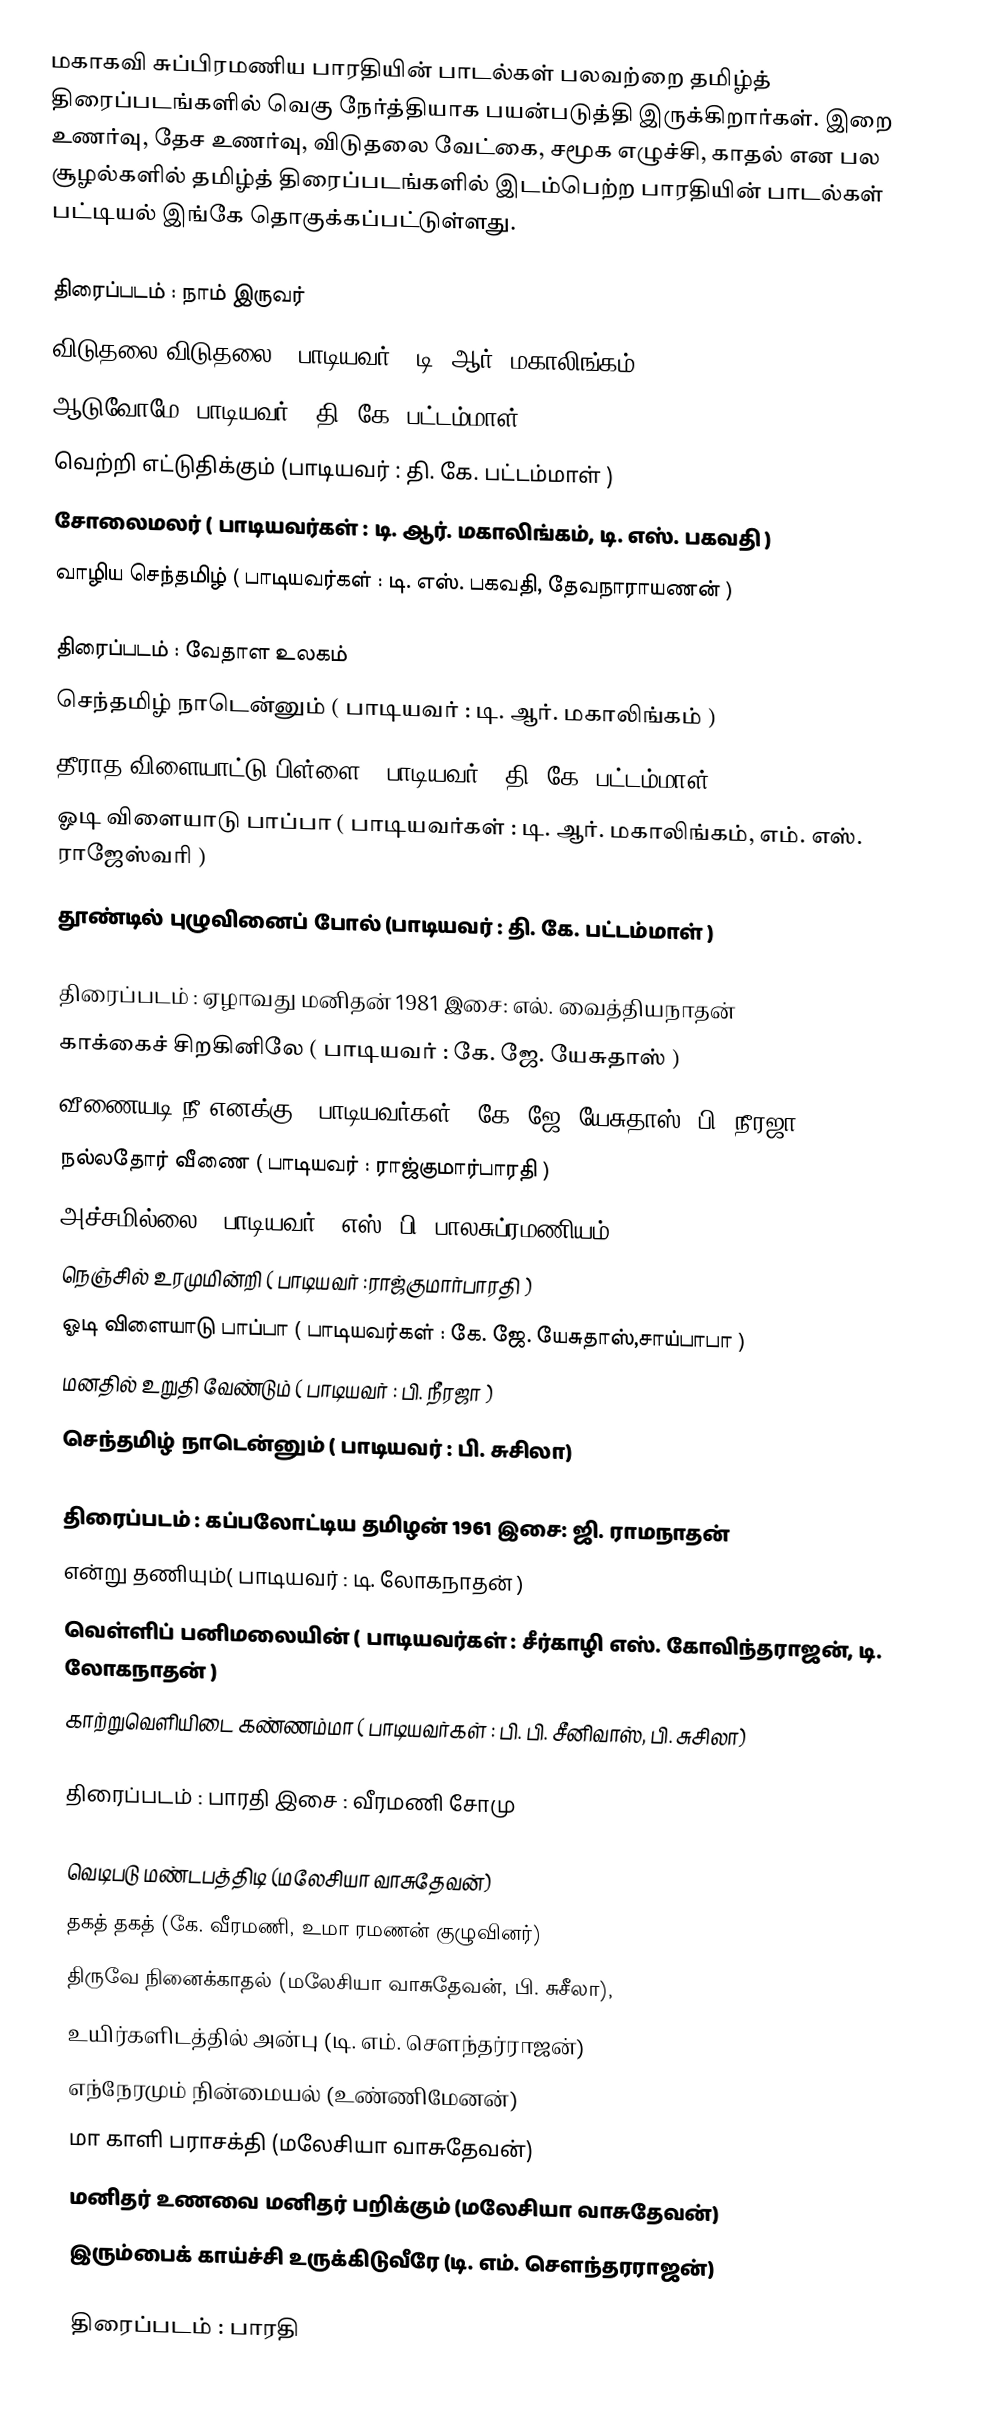
மகாகவி சுப்பிரமணிய பாரதியின் பாடல்கள் பலவற்றை தமிழ்த் திரைப்படங்களில் வெகு நேர்த்தியாக பயன்படுத்தி இருக்கிறார்கள். இறை உணர்வு, தேச உணர்வு, விடுதலை வேட்கை, சமூக எழுச்சி, காதல் என பல சூழல்களில் தமிழ்த் திரைப்படங்களில் இடம்பெற்ற பாரதியின் பாடல்கள் பட்டியல் இங்கே தொகுக்கப்பட்டுள்ளது.

திரைப்படம் : நாம் இருவர்
விடுதலை விடுதலை ( பாடியவர் : டி. ஆர். மகாலிங்கம் )
ஆடுவோமே (பாடியவர் : தி. கே. பட்டம்மாள் )
வெற்றி எட்டுதிக்கும் (பாடியவர் : தி. கே. பட்டம்மாள் )
சோலைமலர் ( பாடியவர்கள் : டி. ஆர். மகாலிங்கம், டி. எஸ். பகவதி )
வாழிய செந்தமிழ் ( பாடியவர்கள் : டி. எஸ். பகவதி, தேவநாராயணன் )

திரைப்படம் : வேதாள உலகம்
செந்தமிழ் நாடென்னும் ( பாடியவர் : டி. ஆர். மகாலிங்கம் )
தீராத விளையாட்டு பிள்ளை ( பாடியவர் : தி. கே. பட்டம்மாள் )
ஓடி விளையாடு பாப்பா ( பாடியவர்கள் : டி. ஆர். மகாலிங்கம், எம். எஸ். ராஜேஸ்வரி )
தூண்டில் புழுவினைப் போல் (பாடியவர் : தி. கே. பட்டம்மாள் )

திரைப்படம் : ஏழாவது மனிதன் 1981 இசை: எல். வைத்தியநாதன்
காக்கைச் சிறகினிலே ( பாடியவர் : கே. ஜே. யேசுதாஸ் )
வீணையடி நீ எனக்கு ( பாடியவர்கள் : கே. ஜே. யேசுதாஸ், பி. நீரஜா )
நல்லதோர் வீணை ( பாடியவர் : ராஜ்குமார்பாரதி )
அச்சமில்லை ( பாடியவர் : எஸ். பி. பாலசுப்ரமணியம் )
நெஞ்சில் உரமுமின்றி ( பாடியவர் :ராஜ்குமார்பாரதி )
ஓடி விளையாடு பாப்பா ( பாடியவர்கள் : கே. ஜே. யேசுதாஸ்,சாய்பாபா )
மனதில் உறுதி வேண்டும் ( பாடியவர் : பி. நீரஜா )
செந்தமிழ் நாடென்னும் ( பாடியவர் : பி. சுசிலா)

திரைப்படம் : கப்பலோட்டிய தமிழன் 1961 இசை: ஜி. ராமநாதன்
என்று தணியும்( பாடியவர் : டி. லோகநாதன் )
வெள்ளிப் பனிமலையின் ( பாடியவர்கள் : சீர்காழி எஸ். கோவிந்தராஜன், டி. லோகநாதன் )
காற்றுவெளியிடை கண்ணம்மா ( பாடியவர்கள் : பி. பி. சீனிவாஸ், பி. சுசிலா)

திரைப்படம் : பாரதி இசை : வீரமணி சோமு

 வெடிபடு மண்டபத்திடி (மலேசியா வாசுதேவன்)
 தகத் தகத் (கே. வீரமணி, உமா ரமணன் குழுவினர்)
 திருவே நினைக்காதல் (மலேசியா வாசுதேவன், பி. சுசீலா),
 உயிர்களிடத்தில் அன்பு (டி. எம். சௌந்தர்ராஜன்)
 எந்நேரமும் நின்மையல் (உண்ணிமேனன்)
 மா காளி பராசக்தி (மலேசியா வாசுதேவன்)
 மனிதர் உணவை மனிதர் பறிக்கும் (மலேசியா வாசுதேவன்)
 இரும்பைக் காய்ச்சி உருக்கிடுவீரே  (டி. எம். சௌந்தரராஜன்)

திரைப்படம் : பாரதி